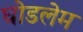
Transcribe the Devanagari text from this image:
घोडलेम